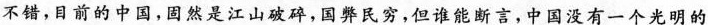
不错，目前的中国，固然是江山破碎，国弊民穷，但谁能断言，中国没有一个光明的